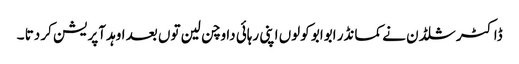
ڈاکٹر شلڈن نے کمانڈر ابوابو کولوں اپنی رہائی دا وچن لین توں بعد اوہد آپریشن کر دتا ۔